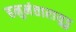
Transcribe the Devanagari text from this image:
हनुमंतारायुडु